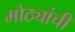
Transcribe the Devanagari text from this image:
मोठ्यांची